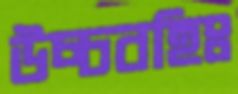
উচ্চবহিঃ